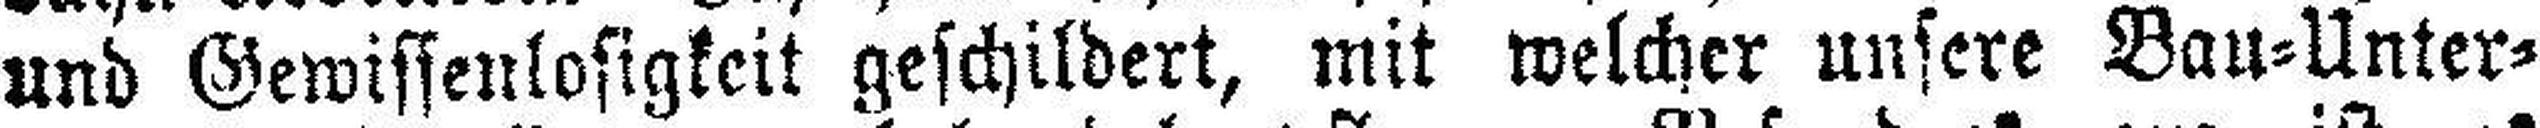
und Gewissenlosigkeit geschildert, mit welcher unsere Bau=Unter¬